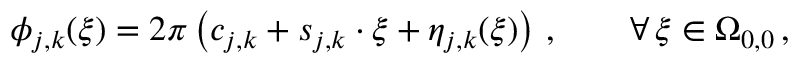
\phi _ { j , k } ( \boldsymbol { \xi } ) = 2 \pi \left( c _ { j , k } + \boldsymbol { s } _ { j , k } \cdot \boldsymbol { \xi } + \eta _ { j , k } ( \boldsymbol { \xi } ) \right) \, , \qquad \forall \, \boldsymbol { \xi } \in \Omega _ { 0 , 0 } \, ,